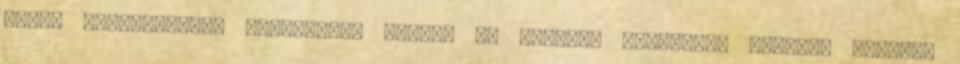
igazi szupererővel rendelkező egyén. Az újoncok általában egy-két hónapot